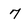
Character: 7